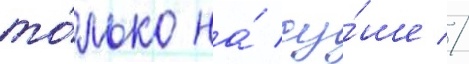
то́лько на́ су́ше //